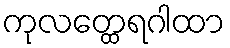
ကုလတ္ထေရဂါထာ